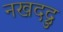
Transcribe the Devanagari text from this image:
नखदद्रु